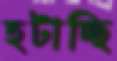
হটাচ্ছি